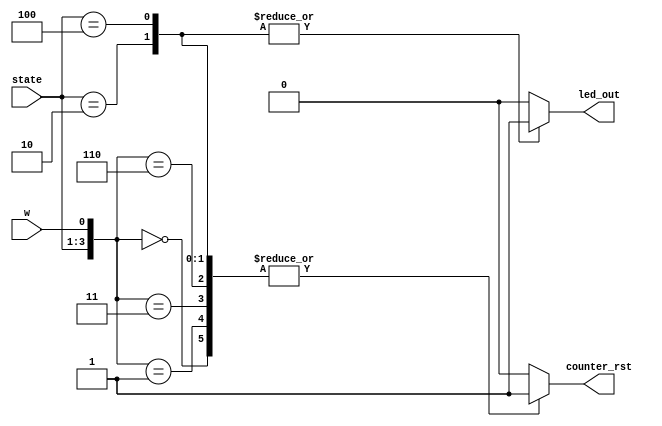
module output_sig_P2(state,w, led_out, counter_rst);


input [2:0] state;
input w;
output reg led_out;
output reg counter_rst;
wire[3:0] temp;


assign temp = {state, w};

always @(temp) begin
	casez (temp)
	4'b0000 : begin counter_rst = 1'b1; led_out = 1'b0; end
	4'b0001 : begin counter_rst = 1'b1; led_out = 1'b0; end
	4'b0011 : begin counter_rst = 1'b1; led_out = 1'b0; end
	4'b0110: begin counter_rst = 1'b1; led_out = 1'b0; end
	4'b010z: begin led_out = 1'b1; counter_rst = 1'b1; end
	4'b100z : begin led_out = 1'b1; counter_rst = 1'b1; end
	
	default : begin led_out = 1'b0; counter_rst = 1'b0; end
	
	endcase
	end
	
endmodule